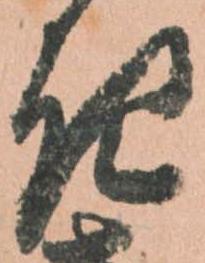
き